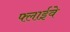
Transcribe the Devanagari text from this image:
फ्लाईवे